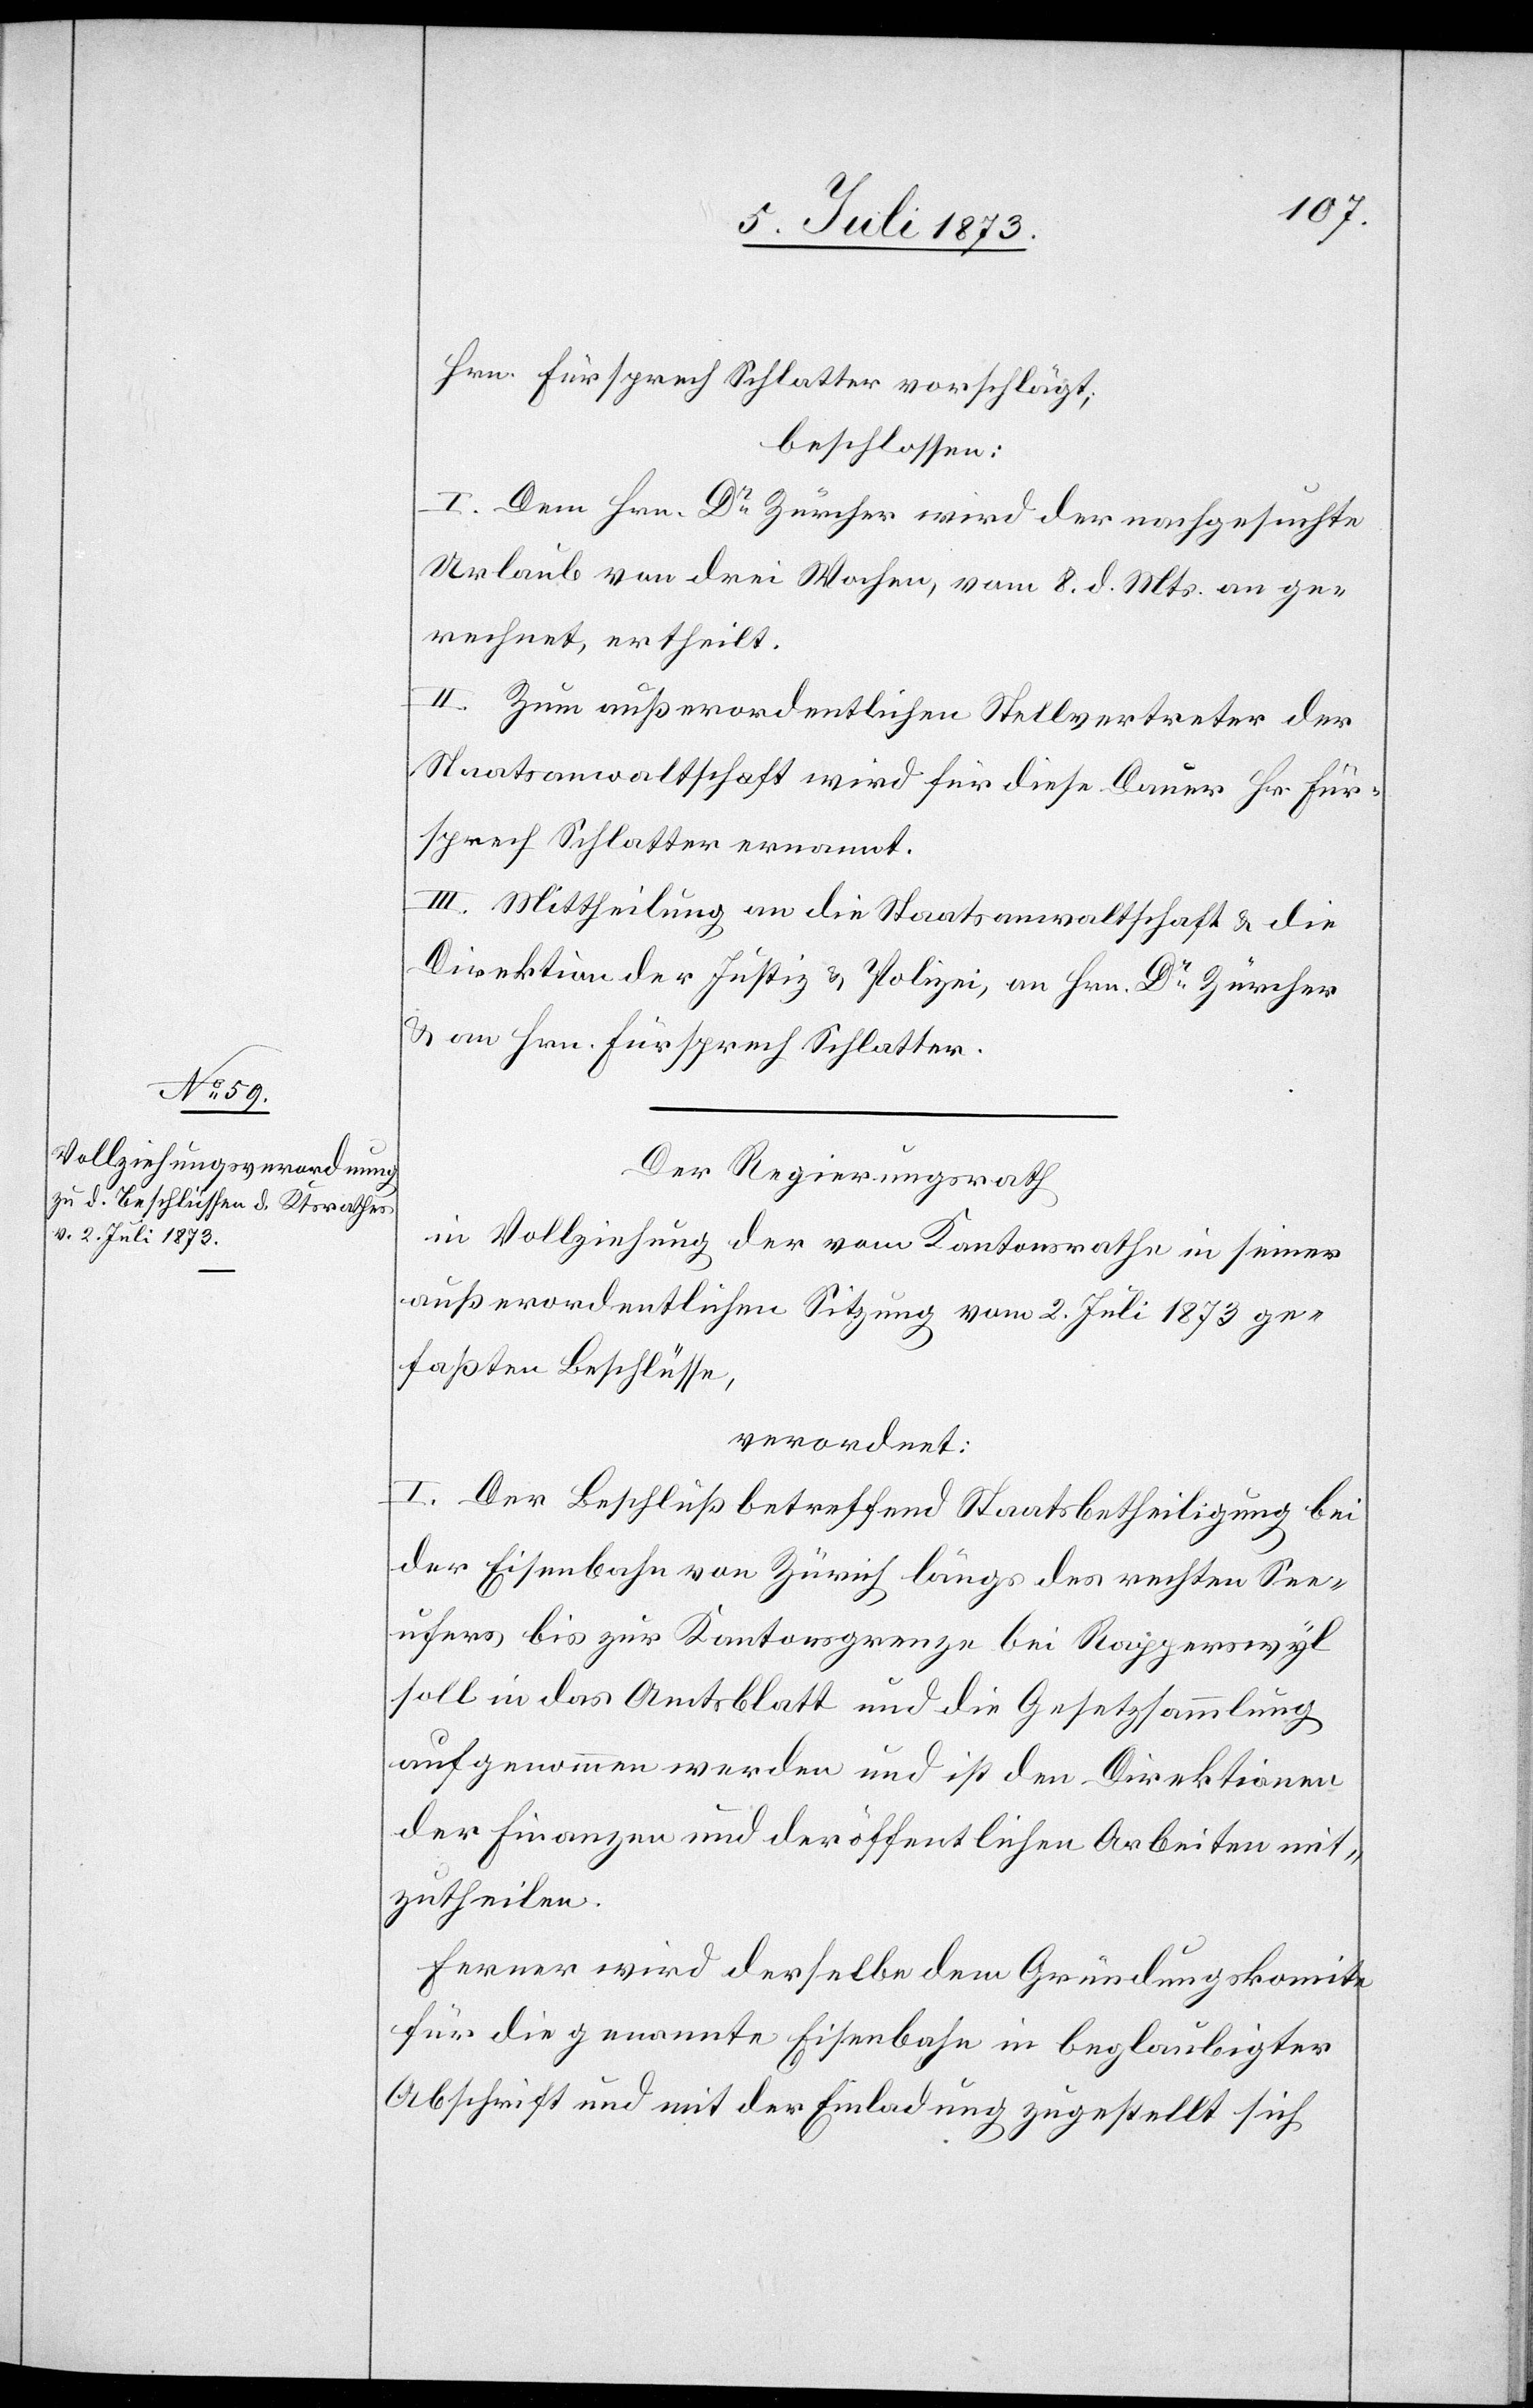
Hrn. Fürsprech Schlatter vorschlägt;
beschlossen:
I. Dem Hrn. Dr Zürcher wird der nachgesuchte
Urlaub von drei Wochen, vom 8. d. Mts. an ge¬
rechnet, ertheilt.
II. Zum außerordentlichen Stellvertreter der
Staatsanwaltschaft wird für diese Dauer Hr. Für¬
sprech Schlatter ernannt.
III. Mittheilung an die Staatsanwaltschaft & die
Direktion der Justiz & Polizei, an Hrn. Dr Zürcher
& an Hrn. Fürsprech Schlatter.
Der Regierungsrath
in Vollziehung der vom Kantonsrathe in seiner
außerordentlichen Sitzung vom 2. Juli 1873 ge¬
faßten Beschlüsse,
verordnet:
I. Der Beschluß betreffend Staatsbetheiligung bei
der Eisenbahn von Zürich längs des rechten See¬
ufers bis zur Kantonsgrenze bei Rapperswyl
soll in das Amtsblatt und die Gesetzsammlung
aufgenommen werden und ist den Direktionen
der Finanzen und der öffentlichen Arbeiten mit¬
zutheilen.
Ferner wird derselbe dem Gründungskomite
für die genannte Eisenbahn in beglaubigter
Abschrift und mit der Einladung zugestellt sich